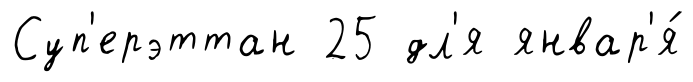
Суп'ерэттан 25 дл'я январ'я́